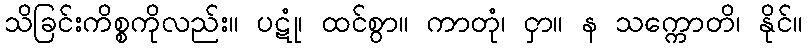
သိခြင်းကိစ္စကိုလည်း။ ပဋုံ၊ ထင်စွာ။ ကာတုံ၊ ငှာ။ န သက္ကောတိ၊ နိုင်။